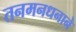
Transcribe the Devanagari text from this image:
तनमनधनाने